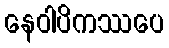
နေဝါပိကဿပေ